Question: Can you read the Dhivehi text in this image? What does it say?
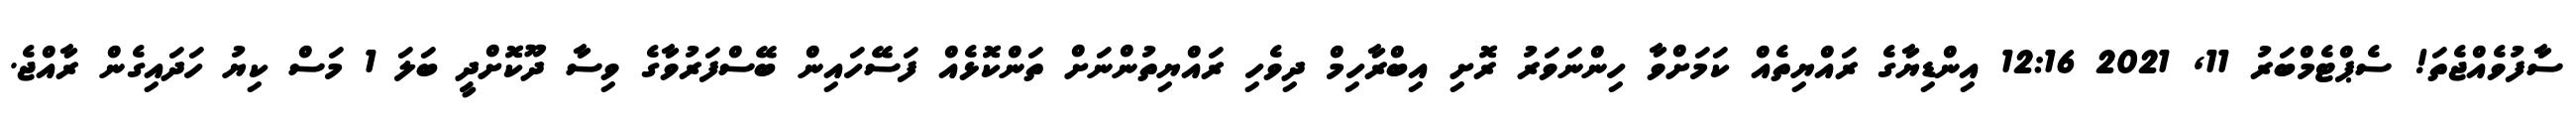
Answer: ސާފުވެއްޖެތަ! ސެޕްޓެމްބަރު 11, 2021 12:16 އިންޑިޔާގެ ރައްޔިތެއް ކަމަށްވާ ހިންނަވަރު ރޮށި އިބްރާހިމް ދިވެހި ރައްޔިތުންނަށް ތަންކޮޅެއް ފަސޭހައިން ބޭސްފަރުވާގެ ވިސާ ދޫކޮށްދީ ބަލަ 1 މަސް ކިޔު ހަދައިގެން ރާއްޖެ.